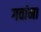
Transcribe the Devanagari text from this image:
गवांना